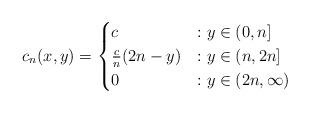
\begin{align*}c_n(x,y) = \begin{cases}c &: y \in (0,n]\\\frac{c}{n}(2n-y) &: y \in (n, 2n]\\0 &: y \in (2n, \infty)\end{cases}\end{align*}